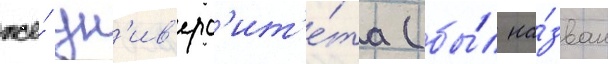
же́ ун'ив'ерс'ит'е́та (бы́л на́зван